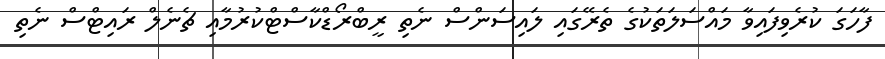
ފާހަގަ ކުރެވިފަައިވާ މައްސަލަތަކުގެ ތެރޭގައި ލައިސަންސް ނެތި ރީބްރޯޑްކާސްޓްކުރުމާއި ޗެނެލް ރައިޓްސް ނެތި